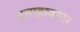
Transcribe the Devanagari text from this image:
वाराहावतार